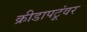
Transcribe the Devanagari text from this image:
क्रीडापटूंवर